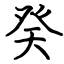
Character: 癸